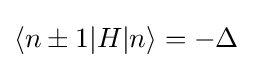
\langle n\pm 1|H|n\rangle =-\Delta \